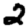
Digit: 2